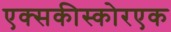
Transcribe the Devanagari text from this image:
एक्सकीस्कोरएक